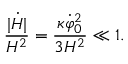
{ \frac { | \dot { H } | } { H ^ { 2 } } } = { \frac { \kappa \dot { \varphi } _ { 0 } ^ { 2 } } { 3 H ^ { 2 } } } \ll 1 .